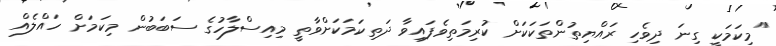
"މިކަމަކީ ގިނަ ދިވެހި ރައްޔިތުންތަކަކަށް ކުރިމަތިވެފައިވާ ދަތިކަމަކަށްވާތީ މިއިސްލާހުގެ ސަބަބުން މިކަމަށް ހައްލެއް